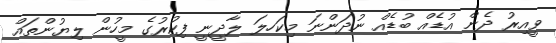
ވީއިރު ދެން އުޑެއް ބުޑެއް ނުދަންނަ މިކަހލަ ލާދީނީ ފިކުރުގެ މީހުން ލިޔުންތައް